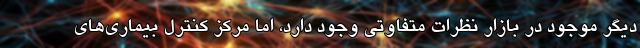
دیگر موجود در بازار نظرات متفاوتی وجود دارد، اما مرکز کنترل بیماری‌های